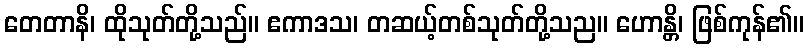
တေတာနိ၊ ထိုသုတ်တို့သည်။ ဧကာဒသ၊ တဆယ့်တစ်သုတ်တို့သည။ ဟောန္တိ၊ ဖြစ်ကုန်၏။